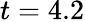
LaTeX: t=4.2